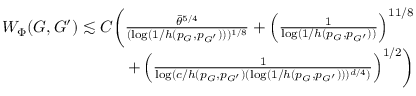
\begin{array} { r } { W _ { \Phi } ( G , G ^ { \prime } ) \lesssim C \biggr ( \frac { \bar { \theta } ^ { 5 / 4 } } { ( \log ( 1 / h ( p _ { G } , p _ { G ^ { \prime } } ) ) ) ^ { 1 / 8 } } + \left( \frac { 1 } { \log ( 1 / h ( p _ { G } , p _ { G ^ { \prime } } ) ) } \right) ^ { 1 1 / 8 } } \\ { + \left( \frac { 1 } { \log ( c / h ( p _ { G } , p _ { G ^ { \prime } } ) ( \log ( 1 / h ( p _ { G } , p _ { G ^ { \prime } } ) ) ) ^ { d / 4 } ) } \right) ^ { 1 / 2 } \biggr ) } \end{array}